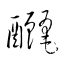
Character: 釃